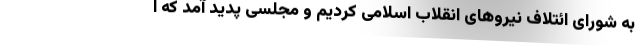
به شورای ائتلاف نیروهای انقلاب اسلامی کردیم و مجلسی پدید آمد که ا